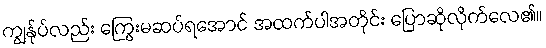
ကျွန်ုပ်လည်း ကြွေးမဆပ်ရအောင် အထက်ပါအတိုင်း ပြောဆိုလိုက်လေ၏။